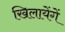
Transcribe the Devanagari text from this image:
खिलायेंगें